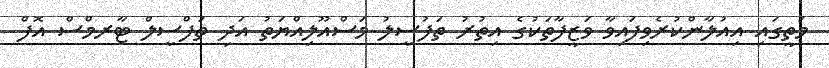
މަތީގައި އިއުލާންކުރެވިފައިވާ ވަޒީފާތަކުގެ އިތުރު ތަފުސީލު މަސްއޫލިއްޔަތު އަދި ތަފްސީލް ޓާރމްސް އޮފް